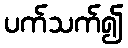
ပက်သက်၍